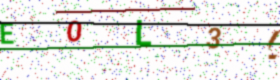
Text: E0L3L